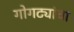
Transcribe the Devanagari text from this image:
गोगट्यांचा